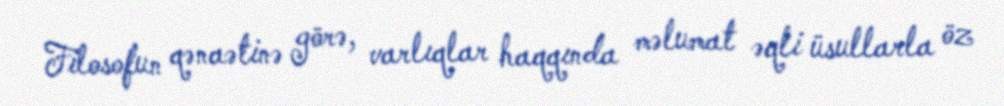
Filosofun qənaətinə görə, varlıqlar haqqında məlumat əqli üsullarla öz